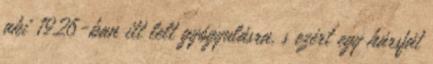
aki 1926-ban itt lelt gyógyulásra, s ezért egy hársfát